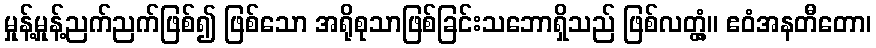
မှုန့်မှုန့်ညက်ညက်ဖြစ်၍ ဖြစ်သော အရိုစုသာဖြစ်ခြင်းသဘောရှိသည် ဖြစ်လတ္တံ့။ ဧဝံအနတီတော၊